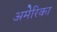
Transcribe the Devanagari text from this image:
अमेेेेरिका